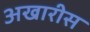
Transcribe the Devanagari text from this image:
अखारीस